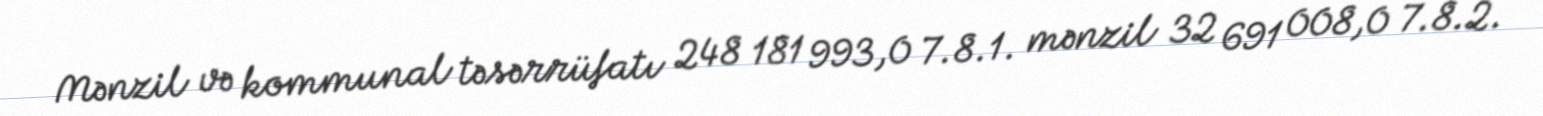
Mənzil və kommunal təsərrüfatı 248 181 993,0 7.8.1. mənzil 32 691 008,0 7.8.2.